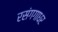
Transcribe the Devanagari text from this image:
रसंगगाधर